Report on vaccination in Madras 1922-1929 - 1922-1929
Year: 1922
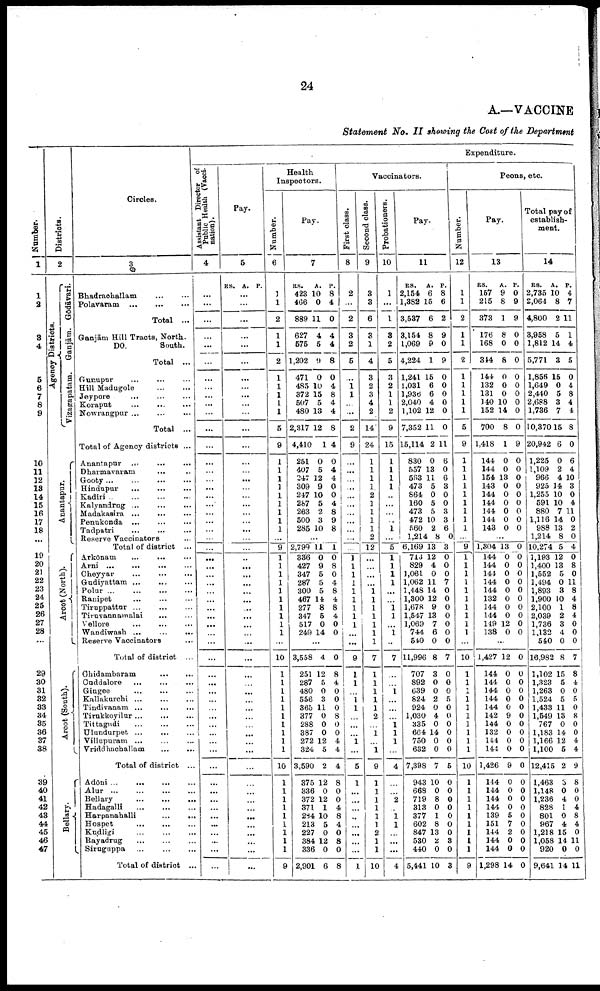
24
A.—VACCINE
Statement No. II showing the Cost of the Department
Number.
1
1
2
3
4
5
6
7
8
9
10
11
12
13
14
15
16
17
18
...
19
20
21 22
23
24
25
26
27
28
...
29
30
31
32
33
34
35
36
37
38
39
40
41
42
43
44
45
46
47
Districts.
2
Agency Districts.
Vizagapatam. Ganjām. Godāvari.
Anantapur.
Arcot (North).
Arcot (South).
Bellary.
Circles.
3
Bhadrachallam ... ...
Polavaram
...
...
...
Total ...
Ganjām Hill Tracts, North.
Do.
South.
Total ...
Gunupur ... ... ...
Hill Madugole ... ...
Jeypore
... ... ...
Koraput
...
...
...
Nowrangpur ... ... ...
Total ...
Total of Agency districts ...
Anantapur
...
...
...
Dharmavaram ... ...
Gooty
...
...
...
...
Hindupur
...
...
...
Kadiri
...
...
...
...
Kalyandrug ...
...
...
Madakasira ...
...
...
Penukonda ...
...
...
Tadpatri
...
...
...
Reserve Vaccinators ...
Total of district ...
Arkōnam
...
...
...
Arni
...
...
...
...
Cheyyar
...
...
...
Gudiyattam
...
...
...
Polur
...
...
...
...
Ranipet ... ... ...
Tiruppattur ... ... ...
Tiruvannamalai
...
...
Vellore
...
...
...
Wandiwash ...
...
...
Reserve Vaccinators ...
Total of district ...
Chidambaram
...
...
Cuddalore ... ... ...
Gingee ... ... ...
Kallakurchi
...
...
...
Tindivanam ... ... ...
Tirukkoyilur
...
...
...
Tittagudi
...
...
...
Ulundurpet ...
...
...
Villupuram ... ... ...
Vriddhachallam
...
...
Total of district ...
Adōni ... ... ... ...
Alur
...
...
...
...
Bellary
...
...
...
Hadagalli
...
...
...
Harpanahalli
...
...
Hospet
...
...
...
Kudligi
...
...
...
Rayadrug
...
...
...
Siruguppa
...
...
...
Total of district ...
Expenditure.
Assistant Director of
Public Health (Vacci¬
nation).
4
...
...
...
...
...
...
...
...
...
...
...
...
...
...
...
...
...
...
...
...
...
...
...
...
...
...
...
...
...
...
...
...
...
...
...
...
...
...
...
...
...
...
...
...
...
...
...
...
...
...
...
...
...
...
...
...
...
Pay.
5
RS. A. P.
...
...
...
...
...
...
...
...
...
...
...
...
...
...
...
...
...
...
...
...
...
...
...
...
...
...
...
...
...
...
...
...
...
...
...
...
...
...
...
...
...
...
...
...
...
...
...
...
...
...
...
...
...
...
...
...
...
Health
Inspectors.
Number.
6
1
1
2
1
1
2
1
1
1
1
1
5
9
1
1
1
1
1
1
1
1
1
...
9
1
1
1
1
1
1
1
1
1
1
...
10
1
1
1
1
1
1
1
1
1
1
10
1
1
1
1
1
1
1
1
1
9
Pay.
7
RS.
423
466
889
627
575
1,202
471
485
372
507
480
2,317
4,410
251
407
247
309
247
287
263
500
285
A.
10
0
11
4
5
9
0
10
15
5
13
12
1
0
5
12
9
10
5
2
3
10
P.
8
4
0
4
4
8
0
4
8
4
4
8
4
0
4
4
0
0
4
8
9
8
...
2,799
336
427
347
287
300
467
277
347
517
249
11
0
9
5
5
5
14
8
5
0
14
1
0
8
0
4
8
4
8
4
0
0
...
3,558
251
287
480
556
365
377
288
387
272
324
3,590
375
336
372
371
284
213
227
384
336
2,901
4
12
5
0
3
11
0
0
0
12
5
2
12
0
12
1
10
5
0
12
0
6
0
8
4
0
0
0
8
0
0
4
4
4
8
0
0
4
8
4
0
8
0
8
Vaccinators.
First class.
8
2
...
2
3
2
5
...
1
1
...
...
2
9
...
...
...
...
...
...
...
...
...
...
...
1
1
1
1
1
1
1
1
1
...
...
9
1
1
...
1
1
...
...
...
1
...
5
1
...
...
...
...
...
...
...
...
1
Second class.
9
3
3
6
3
1
4
3
2
3
4
2
14
24
1
1
1
1
1
1
1
1
1
2
12
...
...
...
...
1
1
1
1
1
1
1
7
1
1
1
1
1
2
...
1
...
1
9
1
1
1
1
1
1
2
1
1
10
Probationers.
10
1
...
1
8
2
5
3
2
1
1
2
9
15
1
1
1
1
...
...
...
...
1
...
5
1
1
1
1
...
...
1
1
...
1
...
7
...
...
1
...
...
...
1
1
1
...
4
...
...
2
...
1
1
...
...
...
4
Pay.
11
RS.
2,154
1,382
3,537
3,154
1,069
4,224
1,241
1,031
1,936
2,040
1,102
7,352
15,114
830
557
583
473
864
160
473
472
560
1,214
6,169
713
829
1,061
1,062
1,448
1,300
1,678
1,547
1,069
744
540
11,996
707
892
639
824
924
1,030
335
664
750
632
7,398
943
668
719
313
377
602
847
530
440
5,441
A.
6
15
6
8
9
1
15
6
6
4
12
11
2
0
13
11
5
0
5
5
10
2
8
13
12
4
0
11
14
12
9
13
7
6
0
8
3
0
0
2
0
4
0
14
0
0
7
10
0
8
0
1
8
13
2
0
10
P.
8
6
2
9
0
9
0
0
0
0
0
0
11
6
0
6
3
0
0
3
3
6
0
3
0
0
0
7
0
0
0
0
0
0
0
7
0
0
0
5
0
0
0
0
0
0
5
0
0
0
0
0
0
0
3
0
3
Peons, etc
Number.
12
1
1
2
1
1
2
1
1
1
1
1
5
9
1
1
1
1
1
1
1
1
1
...
9
1
1
1
1
1
1
1
1
1
1
...
10
1
1
1
1
1
1
1
1
1
1
10
1
1
1
1
1
1
1
1
1
9
Pay.
13
RS.
157
215
373
176
168
344
144
132
131
140
152
700
1,418
144
144
154
143
144
144
144
144
143
A.
9
8
1
8
0
8
0
0
0
10
14
8
1
0
0
13
0
0
0
0
0
0
P.
0
9
9
0
0
0
0
0
0
0
0
0
9
0
0
0
0
0
0
0
0
0
...
1,304
144
144
144
144
144
132
144
144
149
138
13
0
0
0
0
0
0
0
0
12
0
0
0
0
0
0
0
0
0
0
0
0
...
1,427
144
144
144
144
144
142
144
132
144
144
1,426
144
144
144
144
139
151
144
144
144
1,298
12
0
0
0
0
0
9
0
0
0
0
9
0
0
0
0
5
7
2
0
0
14
0
0
0
0
0
0
0
0
0
0
0
0
0
0
0
0
0
0
0
0
0
0
Total pay of
establish
ment.
14
RS.
2,735
2,064
4,800
3,958
1,812
5,771
1,856
1,649
2,440
2,688
1,736
10,370
20,942
1,225
1,109
966
925
1,255
591
880
1,116
988
1,214
10,274
1,193
1,400
1,552
1,494
1,893
1,900
2,100
2,039
1,736
1,132
540
16,982
1,102
1,323
1,263
1,524
1,433
1,549
767
1,183
1,166
1,100
12,415
1,463
1,148
1,236
828
801
967
1,218
1,058
920
9,641
A.
10
8
2
5
14
3
15
0
5
3
7
15
6
0
2
4
14
10
10
7
14
13
8
5
12
13
5
0
3
10
1
2
3
4
0
8
15
5
0
5
11
13
0
14
12,
5
2
6
0
4
1
0
4
15
14
0
14
P.
4
7
11
1
4
5
0
4
8
4
4
8
0
6
4
10
3
0
4
11
0
2
0
4
0
8
0
11
8
4
8
4
0
0
0
7
8
4
0
5
0
8
0
0
4
4
9
8
0
0
4
8
4
0
11
0
11